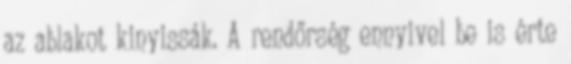
az ablakot kinyissák. A rendőrség ennyivel be is érte